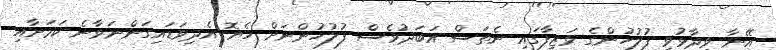
އޭނާ ވިދާޅުވީ ފުލުހުންގެ ވަޒީފާގައި ނެތަސް އަބަދުވެސް ފުލުހުންނަށް ހެޔޮ އެދިވަޑައިގަންނަވާނެ ކަމަށާއި